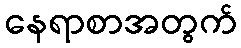
နေရာစာအတွက်